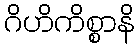
ဂိဟိကိစ္စာနိ